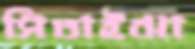
সিতাইঝা